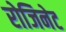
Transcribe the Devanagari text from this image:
रोजिनेट